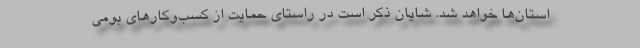
استان‌ها خواهد شد. شایان ذکر است در راستای حمایت از کسب‌وکارهای بومی